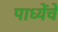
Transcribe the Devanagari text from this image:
पाध्येंचे